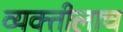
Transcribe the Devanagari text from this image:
व्यक्तीलाच